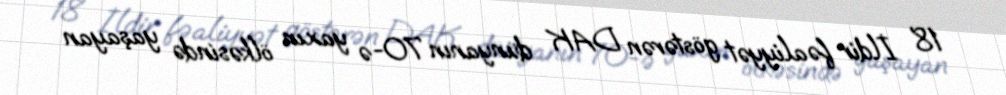
18 İldir fəaliyyət göstərən DAK dünyanın 70-ə yaxın ölkəsində yaşayan